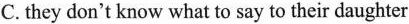
C.they don't know what to say to their daughter